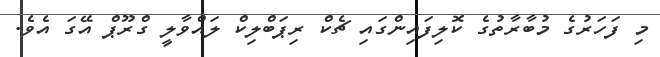
މި ފަހަރުގެ މުބާރާތުގެ ކޮލިފައިންގައި ޗެކް ރިޕަބްލިކް ލައްވާލީ ގްރޫޕް އޭގަ އެވެ.